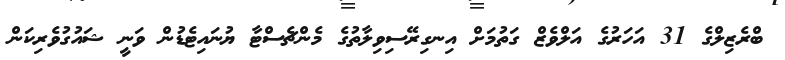
ބްރެޒިލްގެ 31 އަހަރުގެ އަލްވެޒް ގަތުމަށް އިނގިރޭސިވިލާތުގެ މެންޗެސްޓާ ޔުނައިޓެޑުން ވަނީ ޝައުގުވެރިކަން